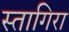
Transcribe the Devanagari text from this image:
स्तागिरा